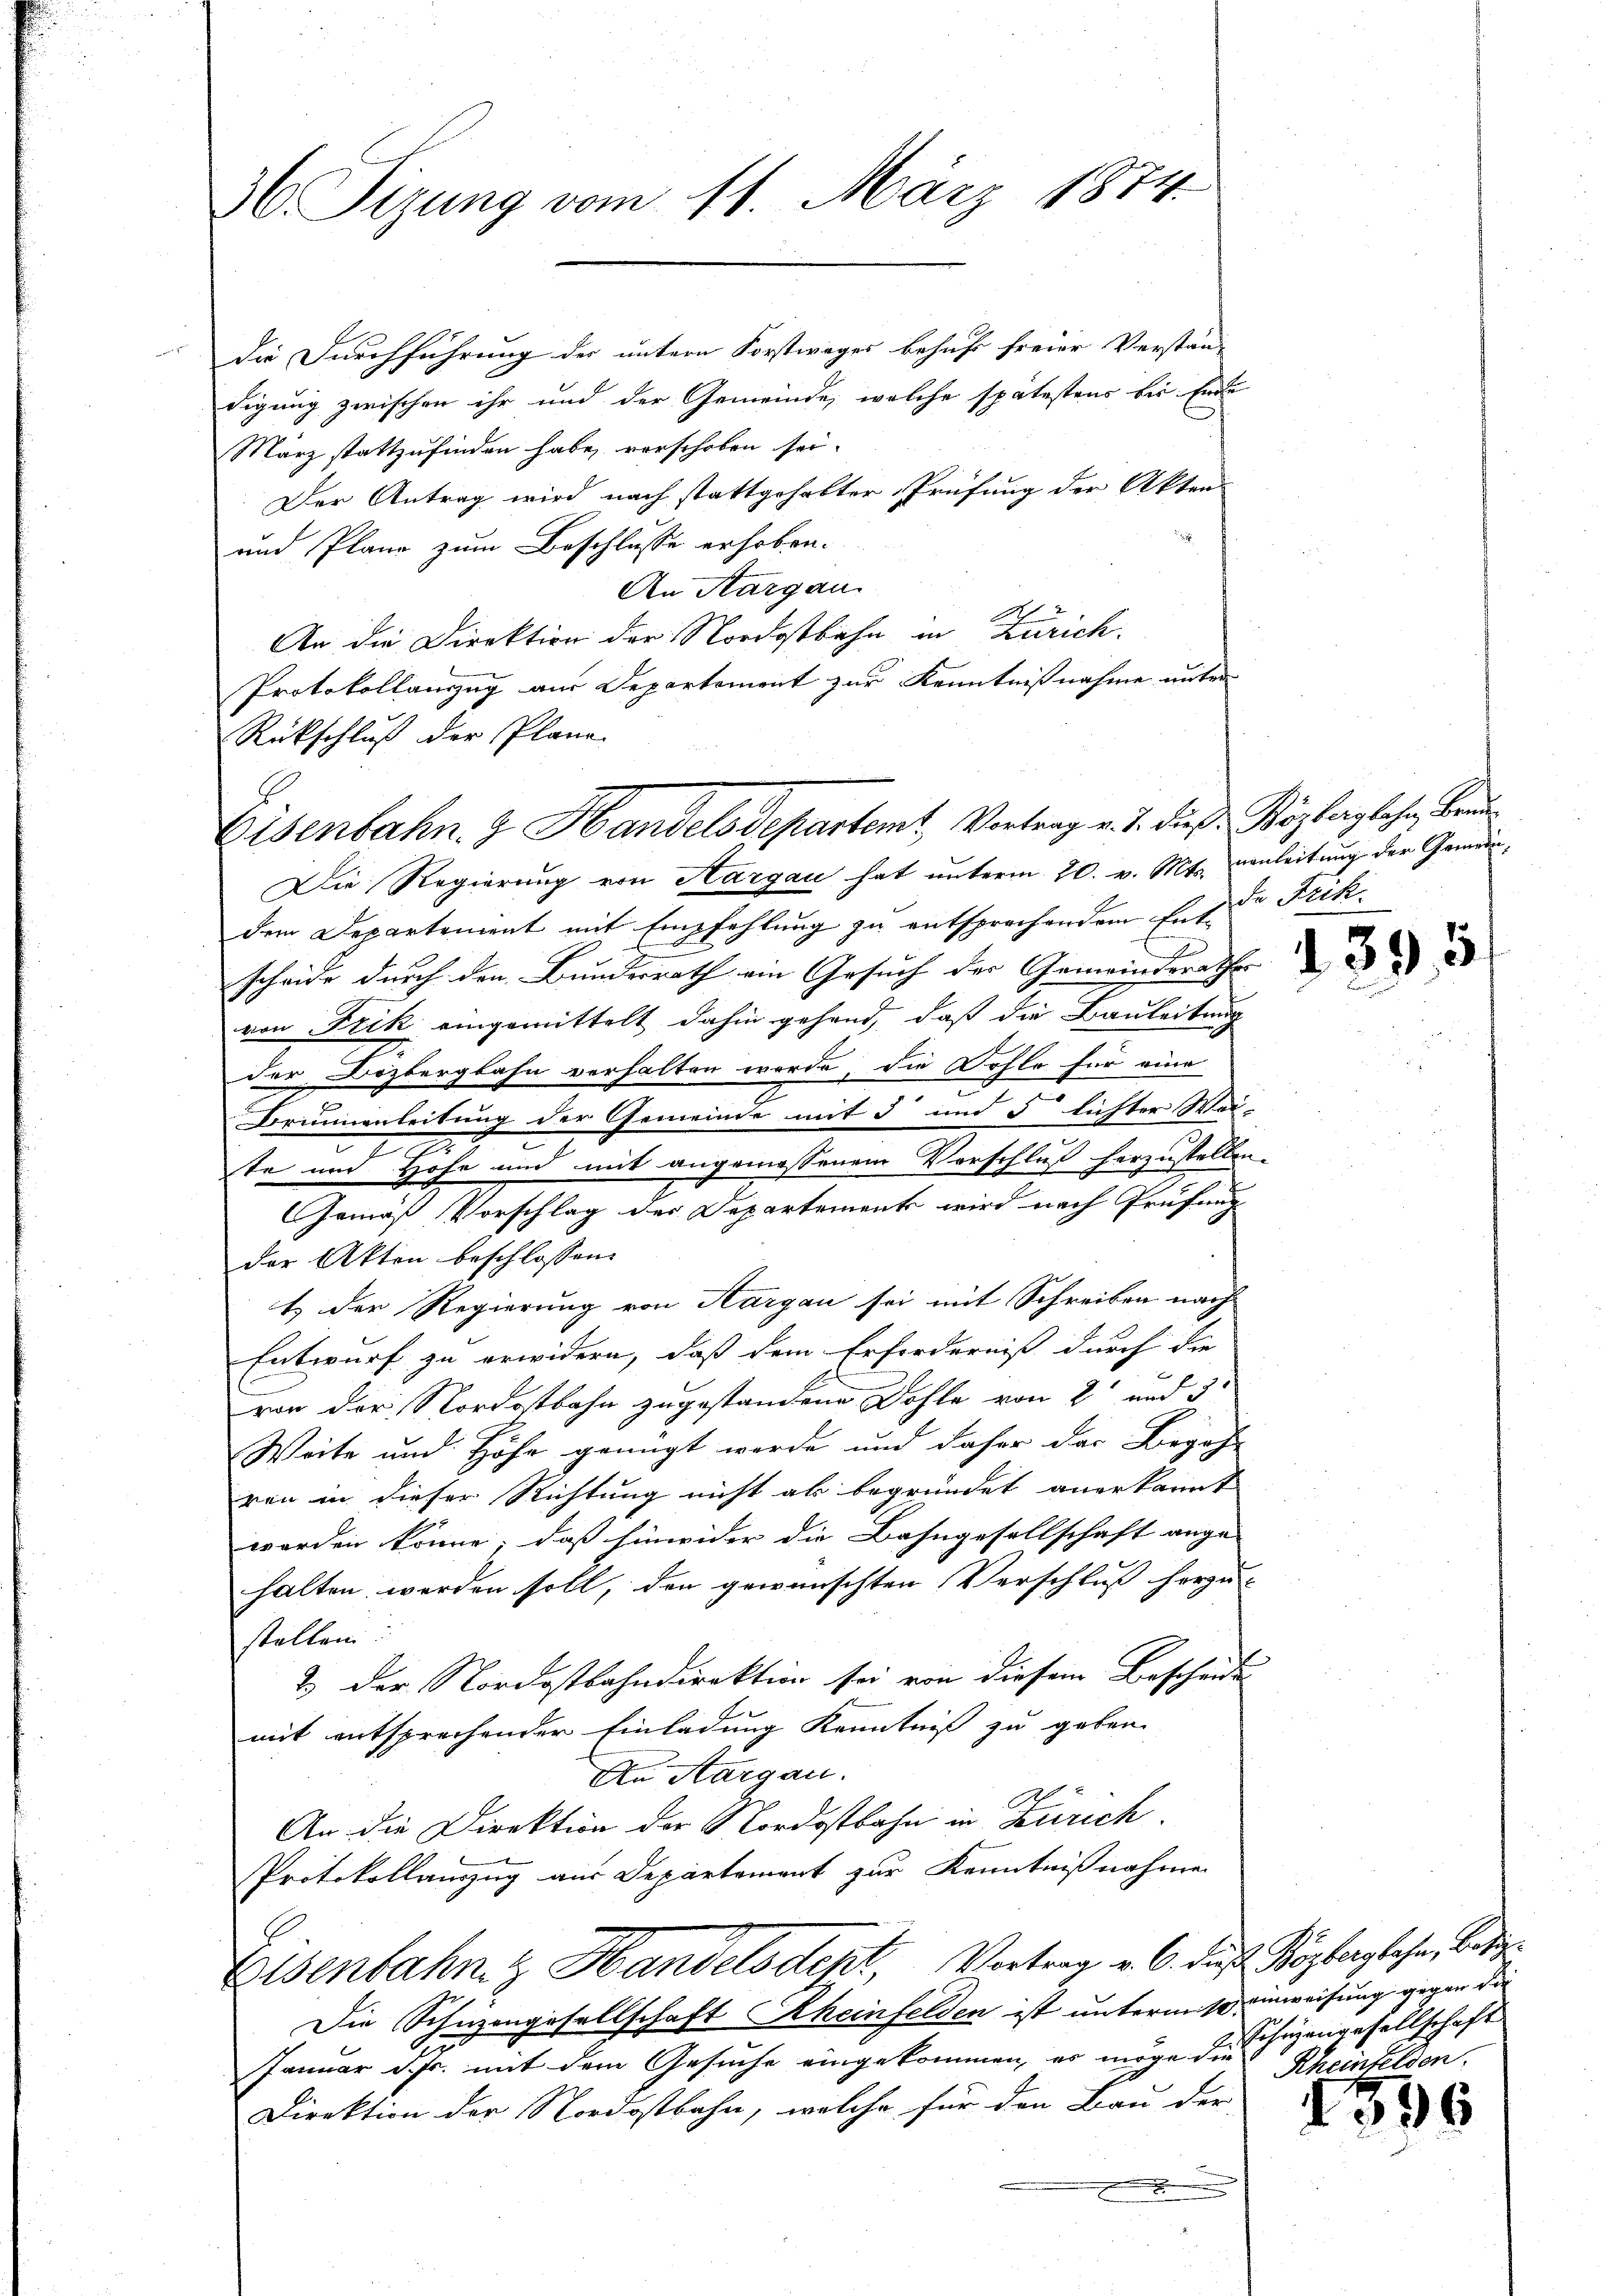
36 Sizung vom 11. März 1874.

die Durchführung der untern Forstwager behuf freier Verstän-
digung zwischen ihr und der Gemeinde, welche spätestens bis Ende
März stattzufinden habe, vorschoben sei.
Der Antrag wird nach stattgehabter Prüfung der Akten
und Plane zum Beschlusse erhoben.
An Aargau.
An die Direktion der Nordostbahn in Zürich.
Protokollauszug aus Departement zur Kenntnißnahme unter
Rückschluß der Plane
dem Departement mit Empfehlung zu entsprechendem Entscheide durch den Bundesrath ein Gesuch der Gemeinderathes |
von Frik eingemittelt dahin gehend, daß die Bauleitung
der Dozbergbahn verhalten werde, die Fohle für eine
Brunnenleitung der Gemeinde mit 3 und 5 lichter Wei-
te und Höhe und mit angemessenem Vorschluß herzustellen.
Gemäß Vorschlag der Departement wird nach Prüfung
der Akten beschlossen:
t der Regierung von Aargau sei mit Schreiben nach
Entwurf zu erwidern, daß dem Erforderniß durch die
von der Nordostbahn zugestandene Dohle von 2 und 3
Weite und Höhe genügt werde und daher das Begeh-
ren in dieser Richtung nicht ab begründet anerkannt
worden könne, daß hinwider die Bahngesellschaft ange-
halten werden soll, den gewünschten Verschluß herzu-
stellen.
2.) Der Nordostbahndirektion sei von diesem Bescheide
mit entsprechender Einladung Kenntniß zu geben.
An Aargau.
An die Direktion der Nordostbahn in Zürich.
Protokollauszug aus Departement zur Kenntnißnahmen
Eisenbahn & Handelsdept, Vortrag v. 6. das Kopferglehen, betit
Die Schüzengesellschaft Rheinfelden ist unterm 10 einweisung gegen die
Januar ds. mit dem Gesuche eingekommen, es möge die Rheinfelden,
Direktion der Nordostbahn, welche für den Bau der

Eisenbahn & Handelsdepartemt Vortrag v. J. dieß: Bözberglen, Brun¬

Die Regierung von Aargau hat unterm 20. v. Mts. anleitung der Gemein¬

de Frik.

1395

Schüzengesellschaft